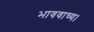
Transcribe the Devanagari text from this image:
भाववाच्य।